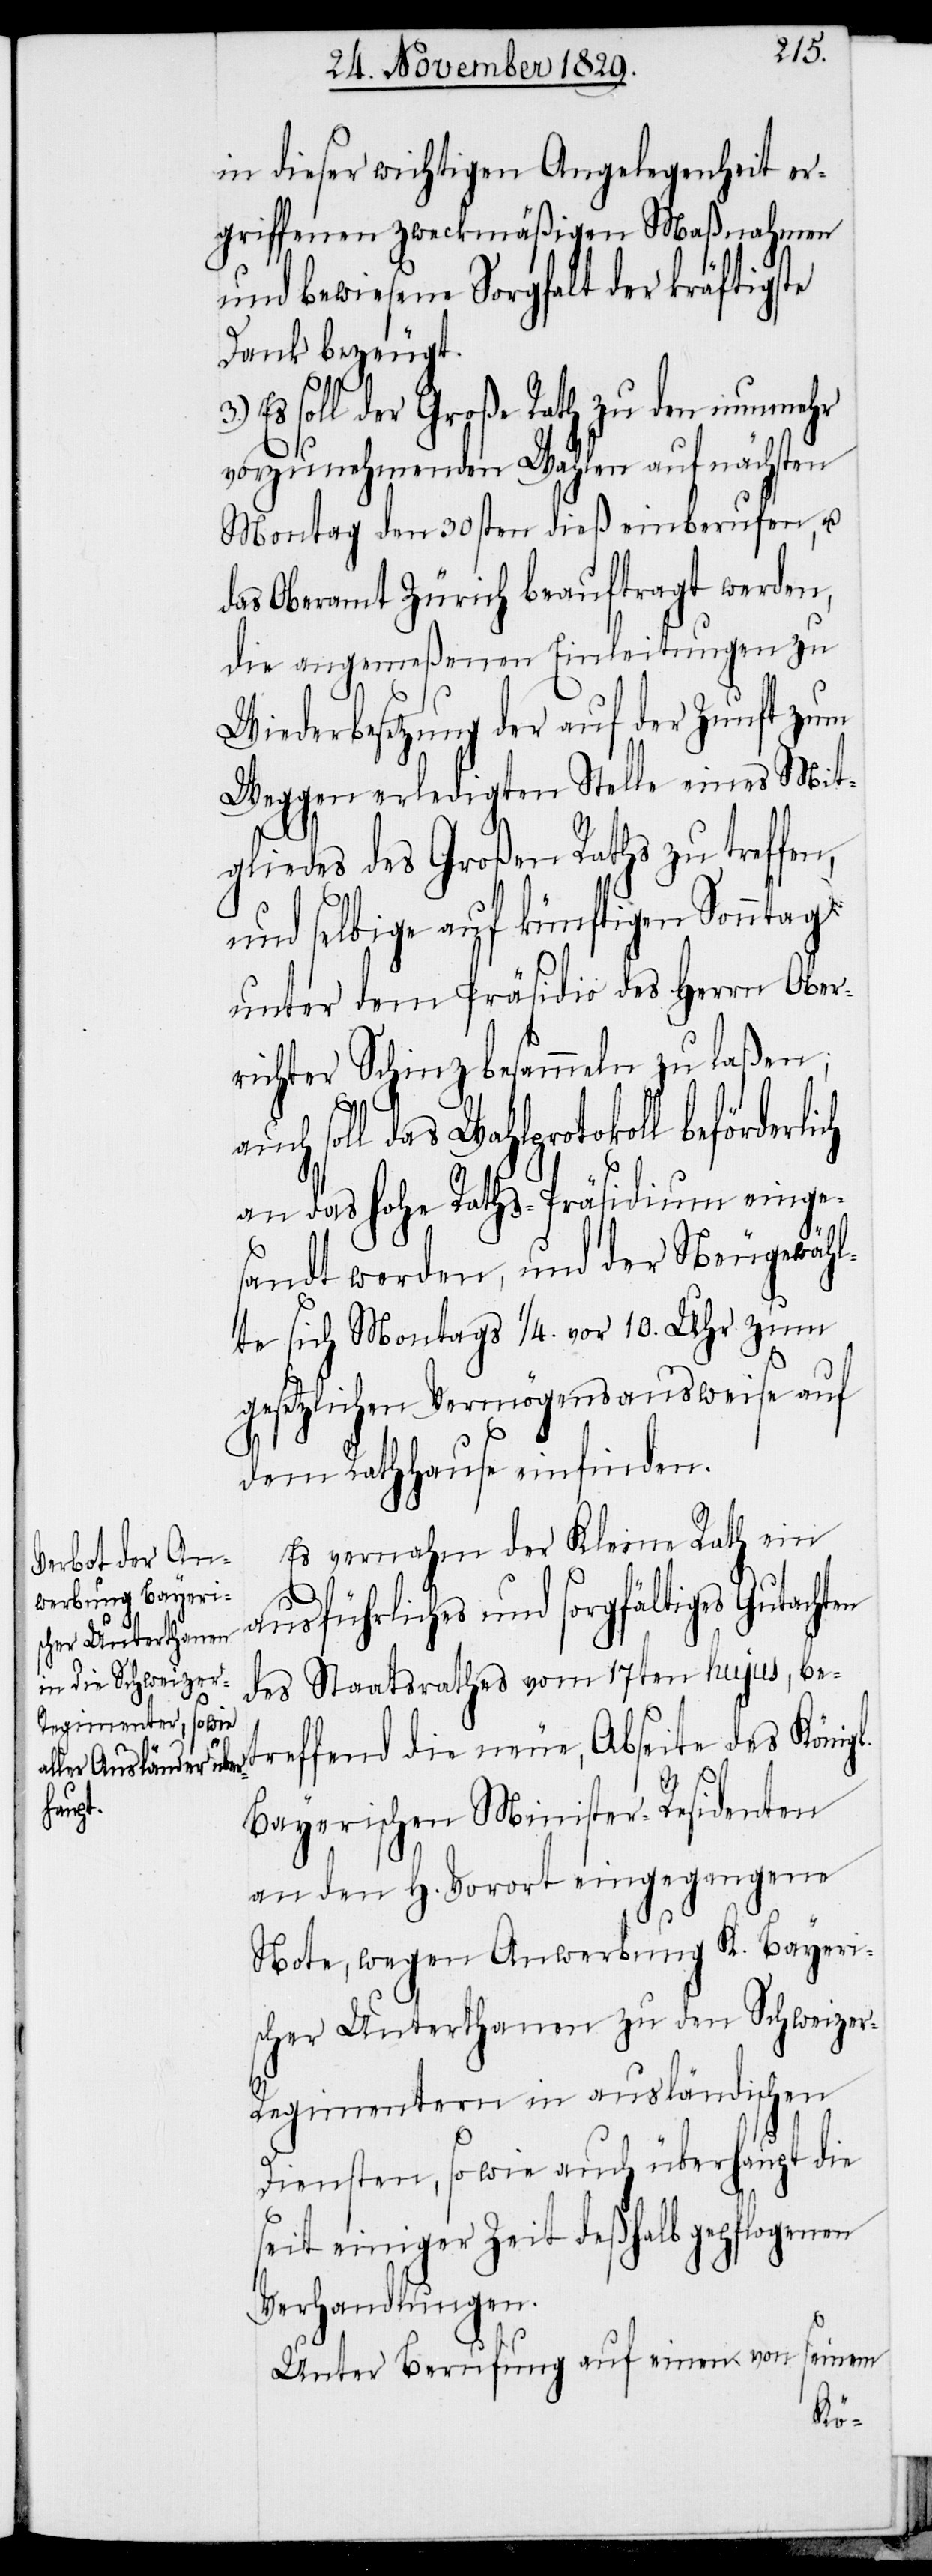
cher Unterthanen

in dieser wichtigen Angelegenheit er¬
griffenen zweckmäßigen Maßnahmen
und bewiesene Sorgfalt der kräftigste
Dank bezeugt.
3.)
lich
Es soll der Große Rath zu den nunmehr
vorzunehmenden Wahlen auf nächsten
Montag den 30sten dieß einberufen, u.
das Oberamt Zürich beauftragt werden,
die angemeßenen Einleitungen zu
Wiederbesetzung der auf der Zunft zum
Weggen erledigten Stelle eines Mit¬
gliedes des Großen Raths zu treffen,
und selbige auf künftigen Sonntag
unter dem Präsidio des Herrn Ober¬
richter besammeln zu laßen;
das Wahlprotokoll beförder¬
an das Hohe Raths-Präsidium einge¬
sandt werden, und der Neugewähl¬
te sich Montags 1/4. vor 10. Uhr zum
gesetzlichen Vermögensausweise auf
dem Rathhause einfinden.
Es vernahm der Kleine Rath ein
ausführliches und sorgfältiges Gutacht¬
des Staatsrathes vom 17ten hujus, bet¬
reffend die neue, Abseite des König¬
Bayerischen Minister-Residenten
an den H. Vorort eingegangene
Note, wegen Anwerbung K. Bayeris¬
Diensten, so wie auch überhaupt die
seit einiger Zeit deßhalb gepflogenen
Verhandlungen.
l.
seinem
Unter Berufung auf einen von